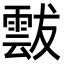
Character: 𩃶